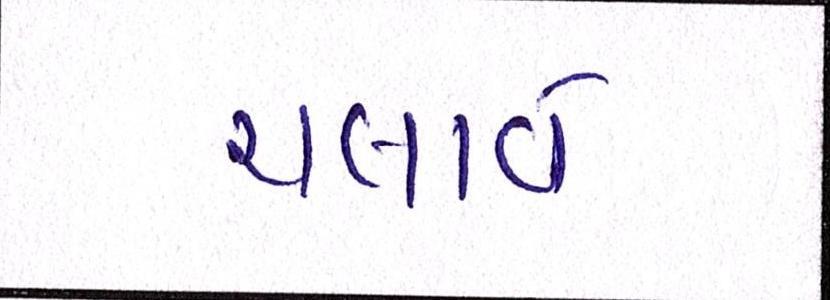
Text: ચલાવે